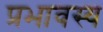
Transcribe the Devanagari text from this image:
प्रभावस्य